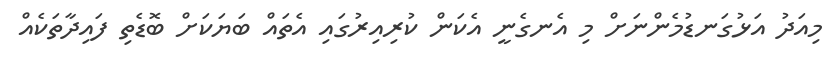
މިއަދު އަޅުގަނޑުމެންނަށް މި އެނގެނީ އެކަން ކުރިއިރުގައި އެތައް ބަޔަކަށް ބޮޑެތި ފައިދާތަކެއް